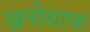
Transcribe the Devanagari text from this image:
ख्रनोग्राफ